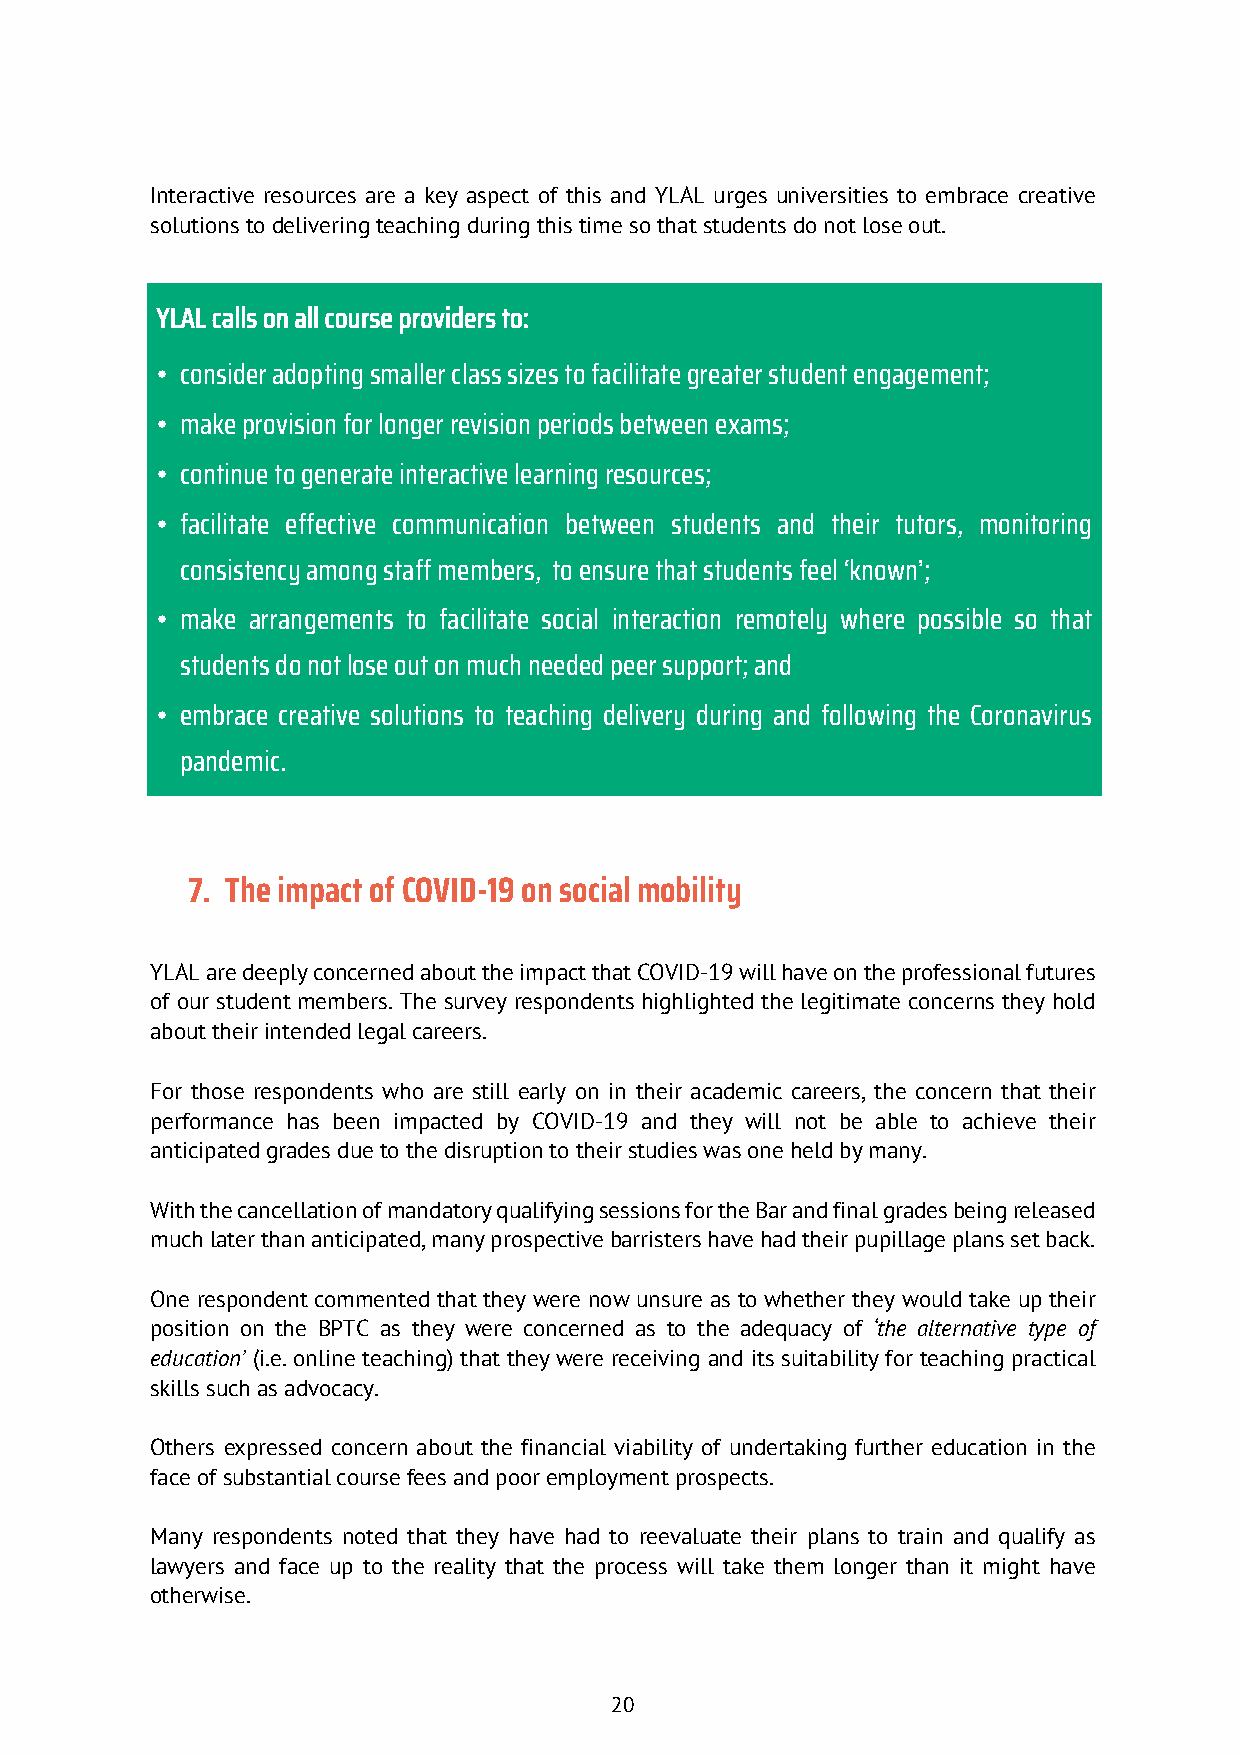
Interactive resources are a key aspect of this and YLAL urges universities to embrace creative
 solutions to delivering teaching during this time so that students do not lose out.
 YLAL calls on all course providers to:
 • consider adopting smaller class sizes to facilitate greater student engagement;
 • make provision for longer revision periods between exams;
 • continue to generate interactive learning resources;
 • facilitate effective communication between students and their tutors, monitoring
 consistency among staff members, to ensure that students feel ‘known’;
 • make arrangements to facilitate social interaction remotely where possible so that
 students do not lose out on much needed peer support; and
 • embrace creative solutions to teaching delivery during and following the Coronavirus
 pandemic.
 7. The impact of COVID-19 on social mobility
 YLAL are deeply concerned about the impact that COVID-19 will have on the professional futures
 of our student members. The survey respondents highlighted the legitimate concerns they hold
 about their intended legal careers.
 For those respondents who are still early on in their academic careers, the concern that their
 performance has been impacted by COVID-19 and they will not be able to achieve their
 anticipated grades due to the disruption to their studies was one held by many.
 With the cancellation of mandatory qualifying sessions for the Bar and final grades being released
 much later than anticipated, many prospective barristers have had their pupillage plans set back.
 One respondent commented that they were now unsure as to whether they would take up their
 position on the BPTC as they were concerned as to the adequacy of ‘the alternative type of
 education’ (i.e. online teaching) that they were receiving and its suitability for teaching practical
 skills such as advocacy.
 Others expressed concern about the financial viability of undertaking further education in the
 face of substantial course fees and poor employment prospects.
 Many respondents noted that they have had to reevaluate their plans to train and qualify as
 lawyers and face up to the reality that the process will take them longer than it might have
 otherwise.
 20